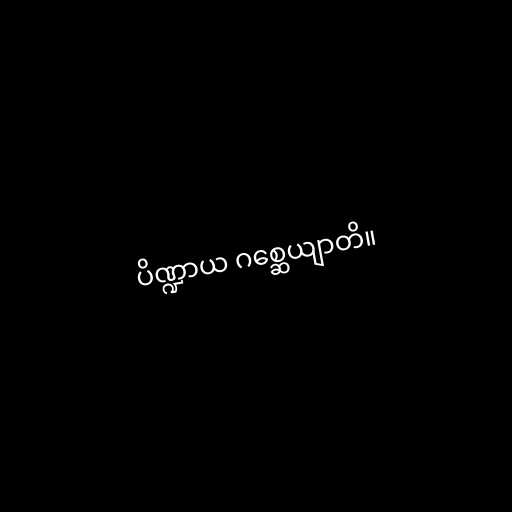
ပိဏ္ဍာယ ဂစ္ဆေယျာတိ။